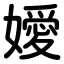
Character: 嬡